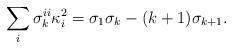
LaTeX: \begin{align*}\sum_i \sigma_{k}^{ii}\kappa_i^2=\sigma_1\sigma_k-(k+1)\sigma_{k+1}.\end{align*}